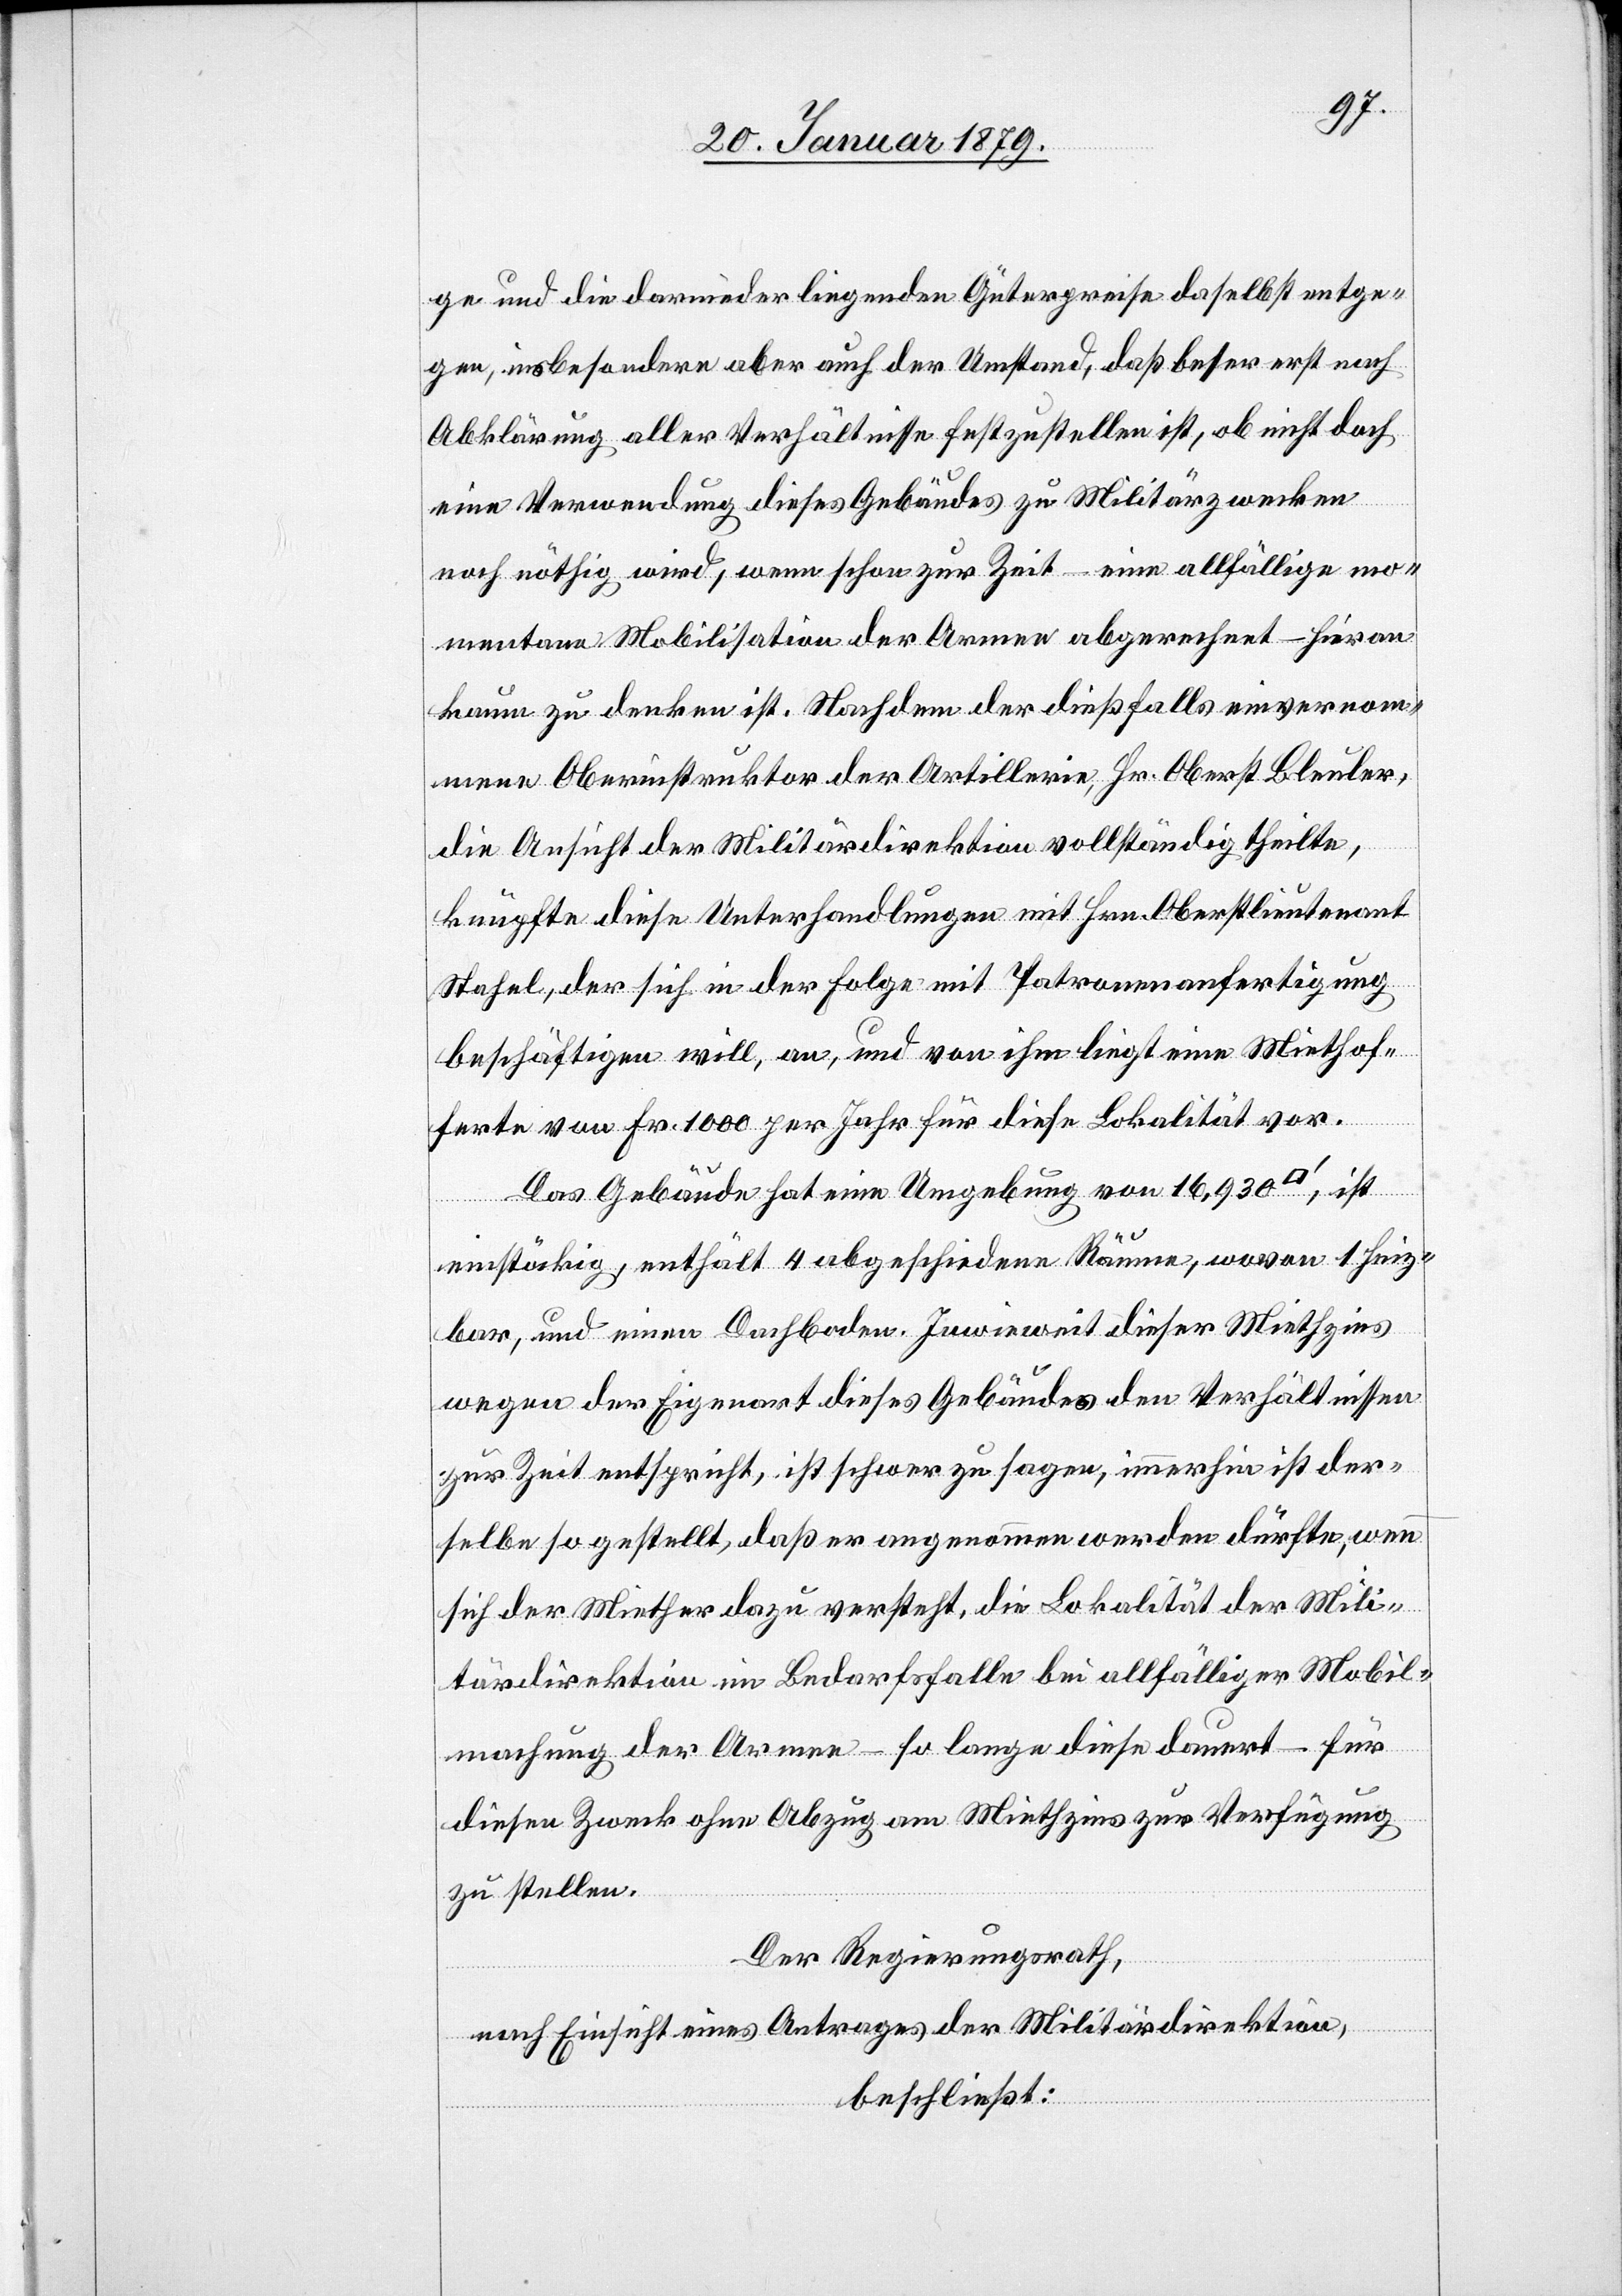
ge und die darnieder liegenden Güterpreise daselbst entge¬
gen, insbesondere aber auch der Umstand, daß besser erst nach
Abklärung aller Verhältnisse festzustellen ist, ob nicht doch
eine Verwendung dieses Gebäudes zu Militärzwecken
noch nöthig wird, wenn schon zur Zeit – eine allfällige mo¬
mentane Mobilisation der Armee abgerechnet – hieran
kaum zu denken ist. Nachdem der dießfalls einvernom¬
mene Oberinstruktor der Artillerie, Hr. Oberst Bleuler,
die Ansicht der Militärdirektion vollständig theilte,
knüpfte diese Unterhandlungen mit Hrn. Oberstlieutenant
Stahel, der sich in der Folge mit Patronenanfertigung
beschäftigen will, an, und von ihm liegt eine Miethof¬
ferte von Fr. 1000 per Jahr für diese Lokalität vor.
Das Gebäude hat eine Umgebung von 16,930
ist
einstöckig, enthält 4 abgeschiedene Räume, wovon 1 heiz¬
bar, und einen Dachboden. Inwieweit dieser Miethzins
wegen der Eigenart dieses Gebäudes den Verhältnissen
zur Zeit entspricht, ist schwer zu sagen, immerhin ist der¬
selbe so gestellt, daß er angenommen werden dürfte, wenn
sich der Miether dazu versteht, die Lokalität der Mili¬
tärdirektion im Bedarfsfalle bei allfälliger Mobil¬
machung der Armee – so lange diese dauert– für
diesen Zweck ohne Abzug am Miethzins zur Verfügung
zu stellen.
Der Regierungsrath,
nach Einsicht eines Antrages der Militärdirektion,
beschließt: